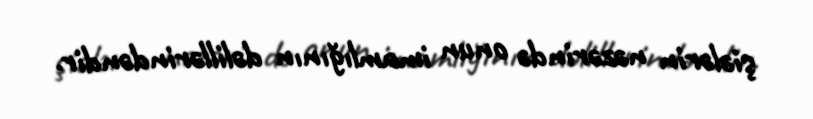
şiələrin nəzərində onun imamlığının dəlillərindəndir.